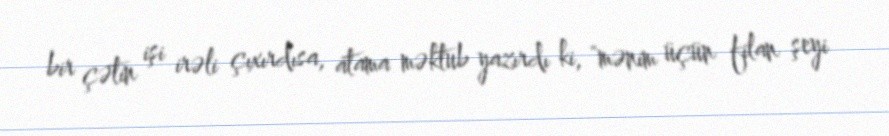
bir çətin işi irəli çıxırdısa, atama məktub yazırdı ki, "mənim üçün filan şeyi